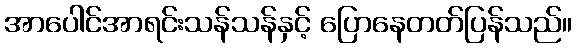
အာပေါင်အာရင်းသန်သန်နှင့် ပြောနေတတ်ပြန်သည်။